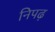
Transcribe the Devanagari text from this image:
निपढ़